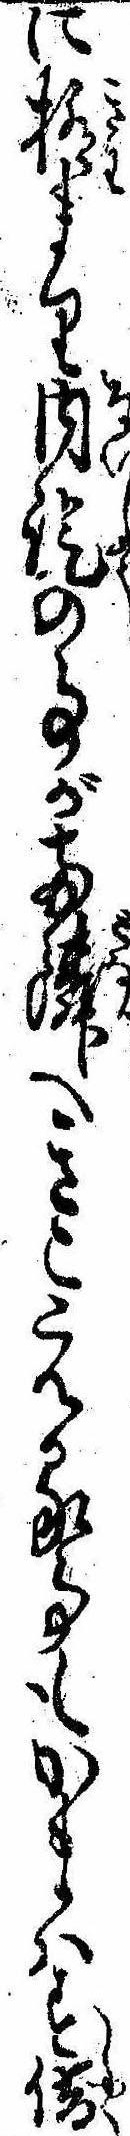
に極まり内証の事が両隣へきこえる事もかまはす借